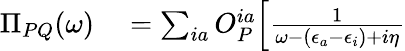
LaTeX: \begin{array}{rl}{\Pi_{PQ}(\omega)}&{{}=\sum_{ia}O_{P}^{ia}\Bigl[\frac{1}{\omega-(\epsilon_{a}-\epsilon_{i})+i\eta}}\end{array}